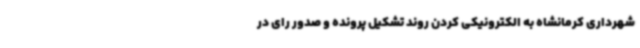
شهرداری کرمانشاه به الکترونیکی کردن روند تشکیل پرونده و صدور رای در